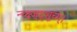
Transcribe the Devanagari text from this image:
न्च्क्ष्ज्द्शूच्ग्।